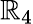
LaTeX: \mathbb{R}_{4}